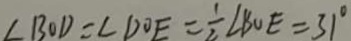
\angle B O D = \angle D O E = \frac { 1 } { 2 } \angle B O E = 3 1 ^ { \circ }